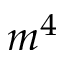
m ^ { 4 }